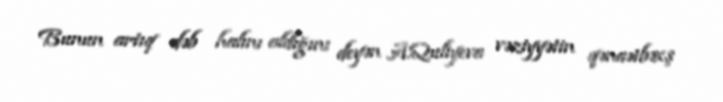
Bunun artıq dəb halını aldığını deyən A.Quliyeva vəziyyətin qənaətbəxş